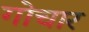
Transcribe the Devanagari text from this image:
गोचार